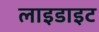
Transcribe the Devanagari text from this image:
लाइडाइट